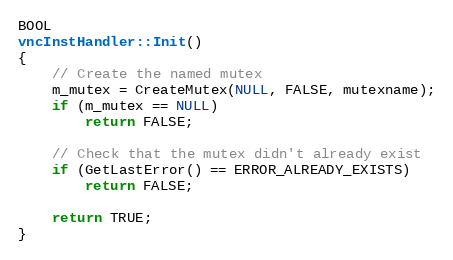
Language: C++
BOOL
vncInstHandler::Init()
{
	// Create the named mutex
	m_mutex = CreateMutex(NULL, FALSE, mutexname);
	if (m_mutex == NULL)
		return FALSE;

	// Check that the mutex didn't already exist
	if (GetLastError() == ERROR_ALREADY_EXISTS)
		return FALSE;

	return TRUE;
}